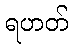
ရဟတ်